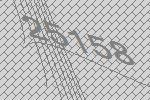
25158